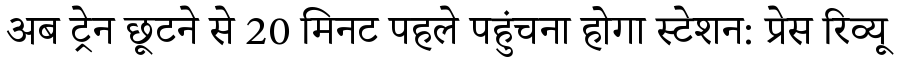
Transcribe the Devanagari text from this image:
अब ट्रेन छूटने से 20 मिनट पहले पहुंचना होगा स्टेशन: प्रेस रिव्यू